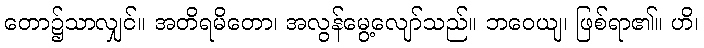
တော၌သာလျှင်။ အတိရမိတော၊ အလွန်မွေ့လျော်သည်။ ဘဝေယျ၊ ဖြစ်ရာ၏။ ဟိ၊